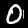
Label: 0